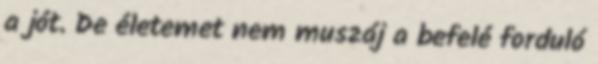
a jót. De életemet nem muszáj a befelé forduló